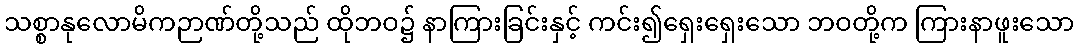
သစ္စာနုလောမိကဉာဏ်တို့သည် ထိုဘဝ၌ နာကြားခြင်းနှင့် ကင်း၍ရှေးရှေးသော ဘဝတို့က ကြားနာဖူးသော